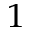
^ { 1 }